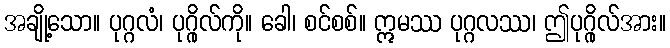
အချို့သော။ ပုဂ္ဂလံ၊ ပုဂ္ဂိုလ်ကို။ ခေါ၊ စင်စစ်။ ဣမဿ ပုဂ္ဂလဿ၊ ဤပုဂ္ဂိုလ်အား။